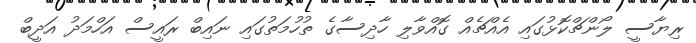
ރިޔާސީ ލޯންޗްކޮޅުގައި އެއްޗެއް ގޮއްވާލި ހާދިސާގެ ތުހުމަތުގައި ނައިބް ރައީސް އަހްމަދު އަދީބް